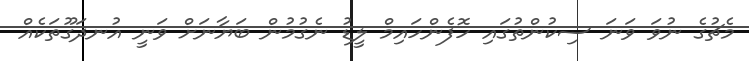
މެޗުގެ ނުވަ ވަނަ ސިކުންތުގައި ހޮފެންހައިމް ލީޑު ނެގުމުން ބަޔާނަށް ވަނީ އުނދަގޫތަކެއް